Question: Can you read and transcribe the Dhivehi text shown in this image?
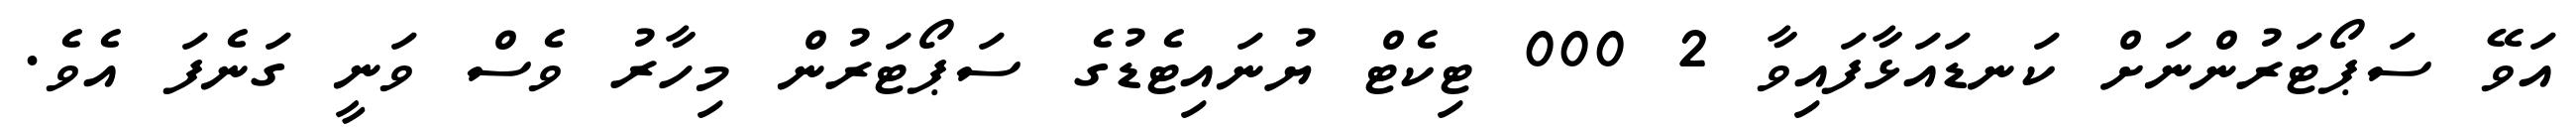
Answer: އަވޭ ސަޕޯޓަރުންނަށް ކަނޑައަޅާފައިވާ 2 000 ޓިކެޓް ޔުނައިޓެޑުގެ ސަޕޯޓަރުން މިހާރު ވެސް ވަނީ ގަނެފަ އެވެ.